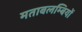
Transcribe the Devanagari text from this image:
मताबलम्बियों